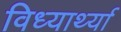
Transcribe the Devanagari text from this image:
विध्यार्थ्या